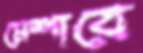
মেশাবে